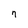
Character: 7